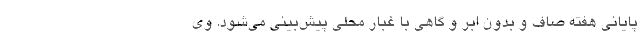
پایانی هفته صاف و بدون ابر و گاهی با غبار محلی پیش‌بینی می‌شود. وی